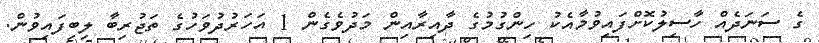
ގެ ސަނަދެއް ހާސިލުކޮށްފައިވުމާއެކު ހިންގުމުގެ ދާއިރާއިން މަދުވެގެން 1 އަހަރުދުވަހުގެ ތަޖުރިބާ ލިބިފައިވުން.